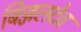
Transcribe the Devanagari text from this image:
बिज्जलदेव